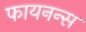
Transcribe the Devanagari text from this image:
फायनन्स